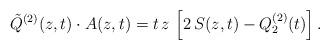
LaTeX: \begin{align*}\tilde{Q}^{(2)}(z,t)\cdot A(z,t)=t\,z\,\left[2\,S(z,t)-Q^{(2)}_2(t)\right].\end{align*}